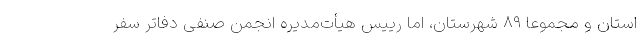
استان و مجموعا ۸۹ شهرستان، اما رییس هیأت‌مدیره انجمن صنفی دفاتر سفر